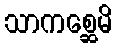
သာကစ္ဆေမိ